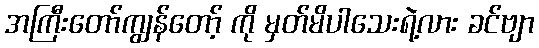
အကြီးတော်ကျွန်တော့် ကို မှတ်မိပါသေးရဲ့လား ခင်ဗျာ